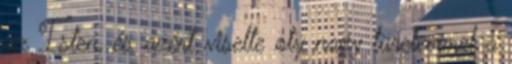
az Isten, és azért viselte oly nagy türelemmel a